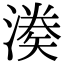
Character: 𭲌